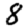
Digit: 8